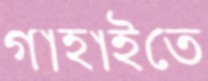
গাহাইতে